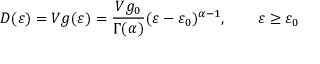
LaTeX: D ( \varepsilon ) = V g ( \varepsilon ) = { \frac { V g _ { 0 } } { \Gamma ( \alpha ) } } ( \varepsilon - \varepsilon _ { 0 } ) ^ { \alpha - 1 } , \qquad \varepsilon \geq \varepsilon _ { 0 }